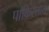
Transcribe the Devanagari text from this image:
पाकिस्त्तान